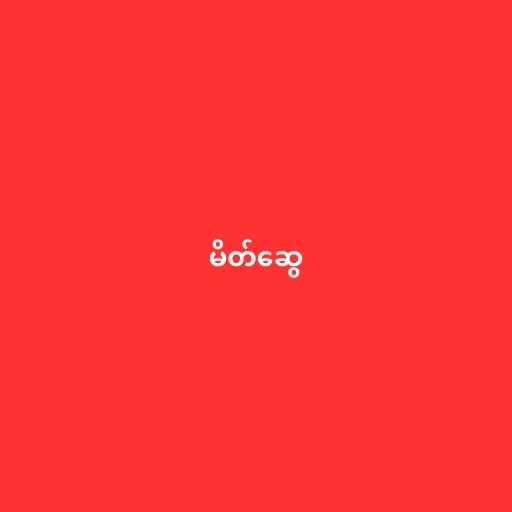
မိတ်ဆွေ